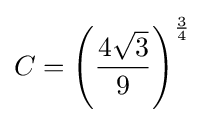
C=\left({\frac {4{\sqrt {3}}}{9}}\right)^{\frac {3}{4}}